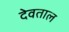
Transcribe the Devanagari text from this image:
देवताल